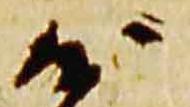
沙